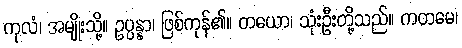
ကုလံ၊ အမျိုးသို့။ ဥပ္ပန္နာ၊ ဖြစ်ကုန်၏။ တယော၊ သုံးဦးတို့သည်။ ကတမေ၊